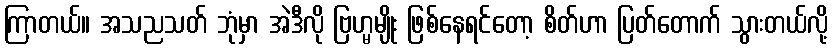
ကြာတယ်။ အသညသတ် ဘုံမှာ အဲဒီလို ဗြဟ္မမျိုး ဖြစ်နေရင်တော့ စိတ်ဟာ ပြတ်တောက် သွားတယ်လို့